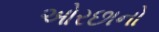
ઓરછાનો